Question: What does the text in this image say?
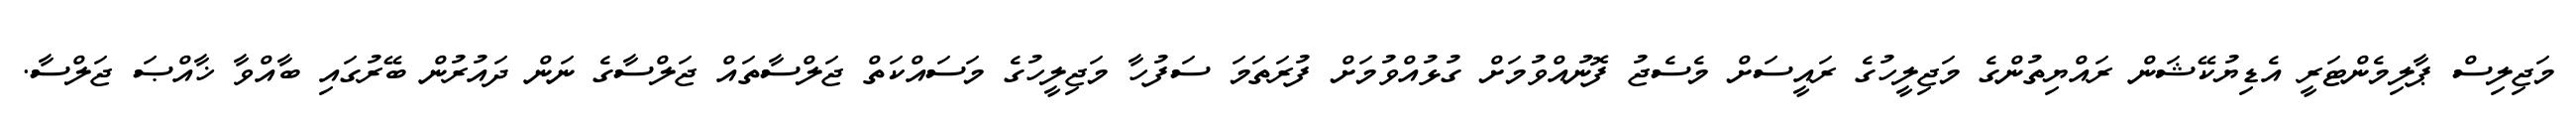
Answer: މަޖިލިސް ޕާލިމެންޓަރީ އެޑިޔުކޭޝަން ރައްޔިތުންގެ މަޖިލީހުގެ ރައީސަށް މެސެޖު ފޮނުއްވުމަށް ގުޅުއްވުމަށް ފުރަތަމަ ސަފުހާ މަޖިލީހުގެ މަސައްކަތް ޖަލްސާތައް ޖަލްސާގެ ނަން ދައުރުން ބޭރުގައި ބާއްވާ ޚާއްޞަ ޖަލްސާ.